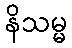
နိသမ္မ